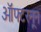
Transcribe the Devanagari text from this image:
ऑफ्टरनून